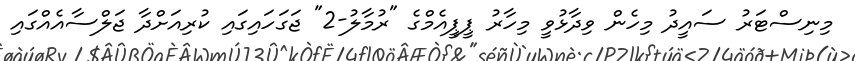
މިނިސްޓަރު ސައީދު މިހެން ވިދާޅުވީ މިހާރު ޕީޕީއެމްގެ "ރުމާލު-2" ޖަގަހައިގައި ކުރިއަށްދާ ޖަލްސާއެއްގައި